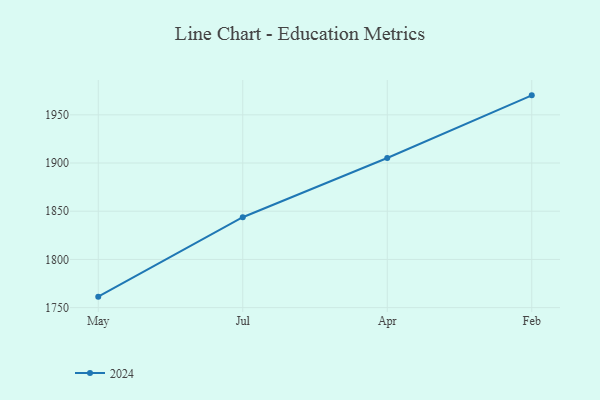
{"axis": {"x": "Month", "y": "Churn Rate (%)"}, "legend": ["2024"], "data": [{"x": "May", "y": 1761.4, "type": "2024"}, {"x": "Jul", "y": 1843.8, "type": "2024"}, {"x": "Apr", "y": 1905.2, "type": "2024"}, {"x": "Feb", "y": 1970.2, "type": "2024"}]}